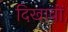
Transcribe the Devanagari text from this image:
दिखावों